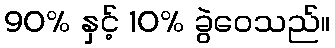
90% နှင့် 10% ခွဲဝေသည်။